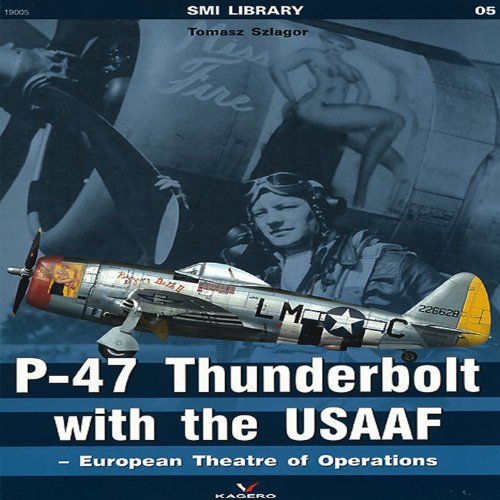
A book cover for P-47 Thunderbolt with the USAAF: European Theatre of Operations (SMI Library); Tomasz Szlagor; Crafts, Hobbies & Home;